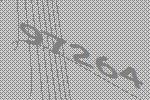
97264